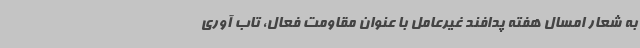
به شعار امسال هفته پدافند غیرعامل با عنوان مقاومت فعال، تاب آوری